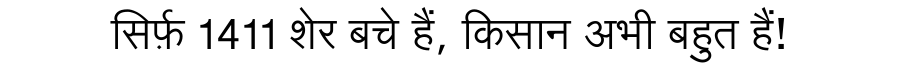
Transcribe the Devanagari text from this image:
सिर्फ़ 1411 शेर बचे हैं, किसान अभी बहुत हैं!